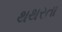
થથરતા